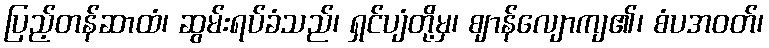
ပြည့်တန်ဆာထံ၊ ဆွမ်းရပ်ခံသည်၊ ရှင်ပျံတို့မှ၊ ဈာန်လျောကျ၏၊ စံပအဝတ်၊